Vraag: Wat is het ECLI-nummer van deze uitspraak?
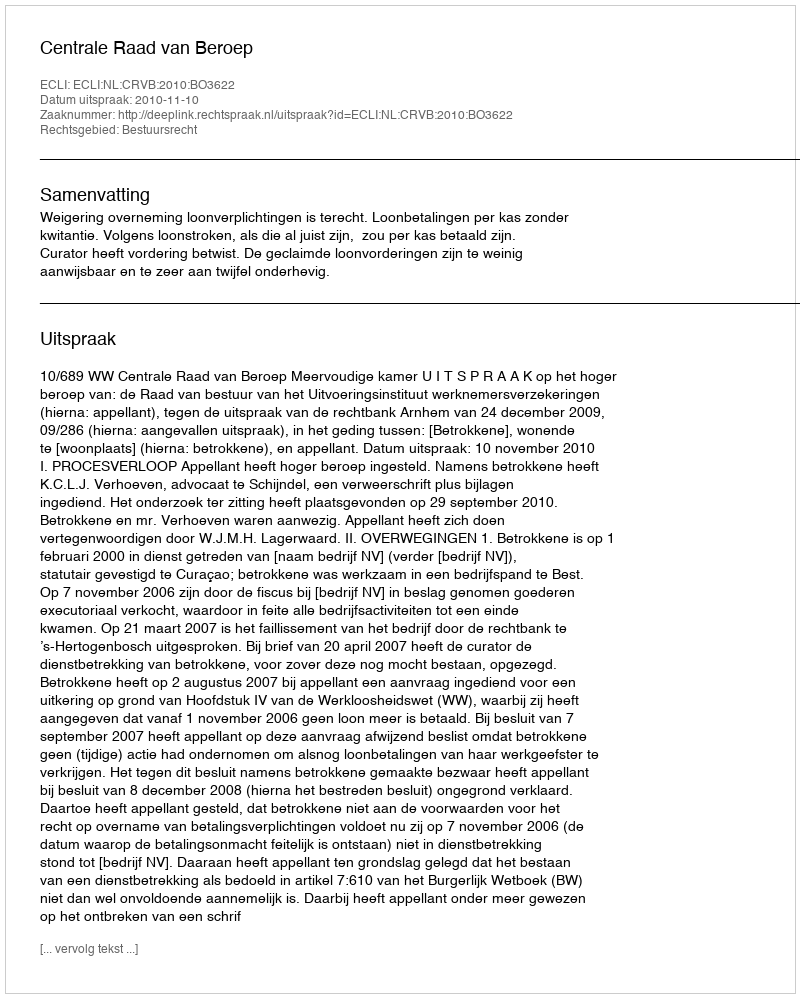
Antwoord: ECLI:NL:CRVB:2010:BO3622